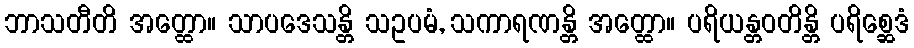
ဘာသတီတိ အတ္ထော။ သာပဒေသန္တိ သဥပမံ, သကာရဏန္တိ အတ္ထော။ ပရိယန္တဝတိန္တိ ပရိစ္ဆေဒံ